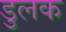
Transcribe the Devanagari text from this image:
डुलक